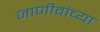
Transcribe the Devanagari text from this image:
जाणीवांच्या